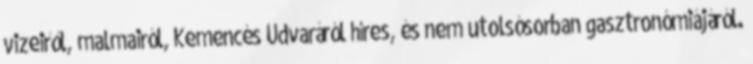
vizeiről, malmairól, Kemencés Udvaráról híres, és nem utolsósorban gasztronómiájáról.